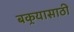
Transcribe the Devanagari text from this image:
बकर्‍यासाठी